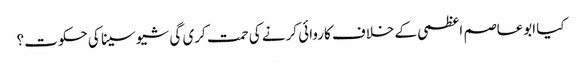
کیا ابوعاصم اعظمی کے خلاف کاروائی کرنے کی حمت کری گی شیو سینا کی حکوت؟